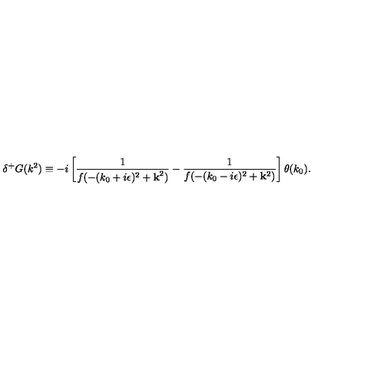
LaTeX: \delta ^ { + } G ( k ^ { 2 } ) \equiv - i \left[ \frac { 1 } { f ( - ( k _ { 0 } + i \epsilon ) ^ { 2 } + { \bf k } ^ { 2 } ) } - \frac { 1 } { f ( - ( k _ { 0 } - i \epsilon ) ^ { 2 } + { \bf k } ^ { 2 } ) } \right] \theta ( k _ { 0 } ) .